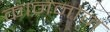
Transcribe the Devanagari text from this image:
काननोज